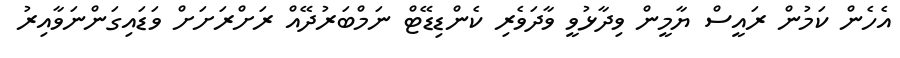
އެހެން ކަމުން ރައީސް ޔާމީން ވިދާޅުވީ ވާދަވެރި ކެންޑިޑޭޓް ނަމްބަރުދޭއް ރަށްރަށަށް ވަޑައިގަންނަވާއިރު